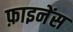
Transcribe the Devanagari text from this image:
फ़ाइनेंस